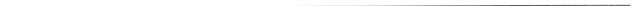
___